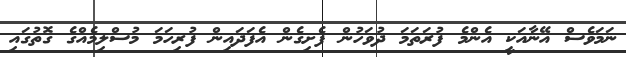
ނަމަވެސް އޭނާއަކީ އެންމެ ފުރަތަމަ ދުވަހުން ފެށިގެން އެފަދައިން ފުރިހަމަ މުސްލިމެއްގެ ގޮތުގައި